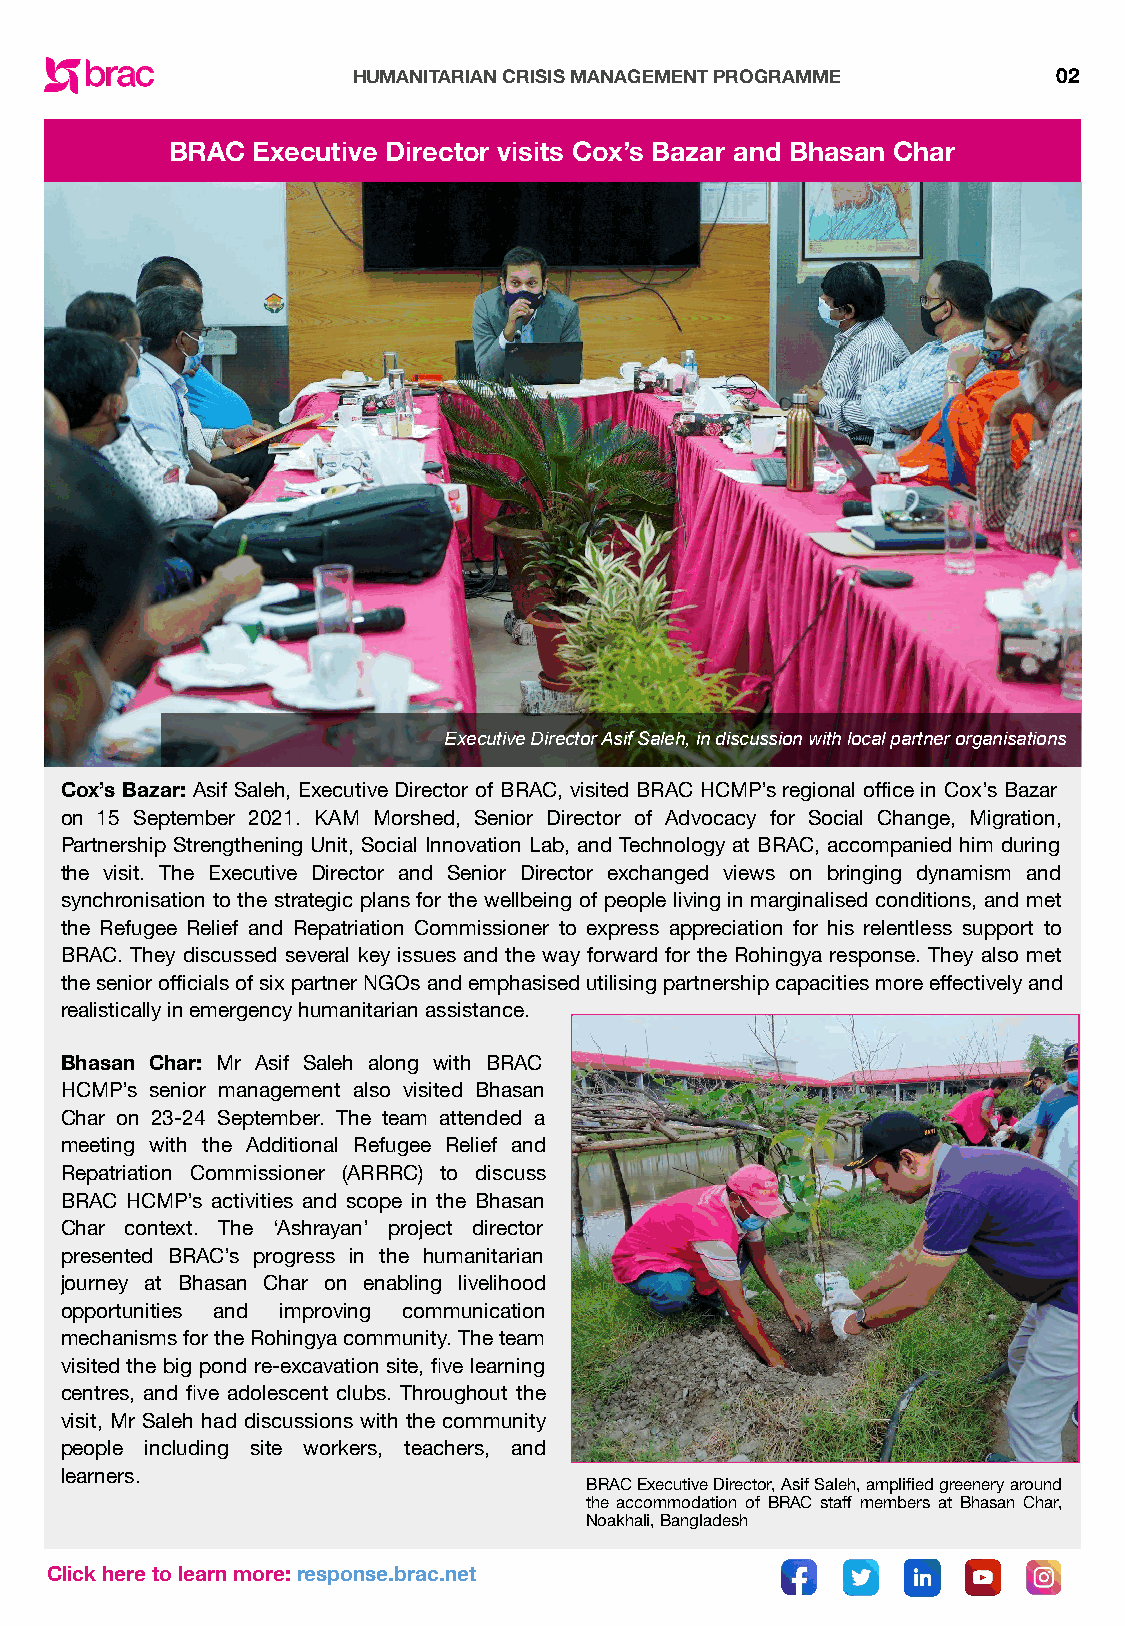
HUMANITARIAN CRISIS MANAGEMENT PROGRAMME       02
 BRAC  Executive Director visits Cox’s Bazar and Bhasan Char
 Executive Director Asif Saleh, in discussion with local partner organisations
 Cox’s Bazar: Asif Saleh, Executive Director of BRAC, visited BRAC HCMP’s regional office in Cox’s Bazar
 on 15 September 2021. KAM Morshed, Senior Director of Advocacy for Social Change, Migration,
 Partnership Strengthening Unit, Social Innovation Lab, and Technology at BRAC, accompanied him during
 the visit. The Executive Director and Senior Director exchanged views on bringing dynamism and
 synchronisation to the strategic plans for the wellbeing of people living in marginalised conditions, and met
 the Refugee Relief and Repatriation Commissioner to express appreciation for his relentless support to
 BRAC. They discussed several key issues and the way forward for the Rohingya response. They also met
 the senior officials of six partner NGOs and emphasised utilising partnership capacities more effectively and
 realistically in emergency humanitarian assistance.
 Bhasan Char: Mr Asif Saleh along with BRAC
 HCMP’s senior management also visited Bhasan
 Char on 23-24 September. The team attended a
 meeting with the Additional Refugee Relief and
 Repatriation Commissioner (ARRRC) to discuss
 BRAC HCMP’s activities and scope in the Bhasan
 Char context. The ‘Ashrayan’ project director
 presented BRAC’s progress in the humanitarian
 journey at Bhasan Char on enabling livelihood
 opportunities and improving communication
 mechanisms for the Rohingya community. The team
 visited the big pond re-excavation site, five learning
 centres, and five adolescent clubs. Throughout the
 visit, Mr Saleh had discussions with the community
 people including site workers, teachers, and
 learners.
 BRAC Executive Director, Asif Saleh, amplified greenery around
 the accommodation of BRAC staff members at Bhasan Char,
 Noakhali, Bangladesh
 Click here to learn more: response.brac.net